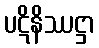
ပဋိနိဿဋ္ဌာ